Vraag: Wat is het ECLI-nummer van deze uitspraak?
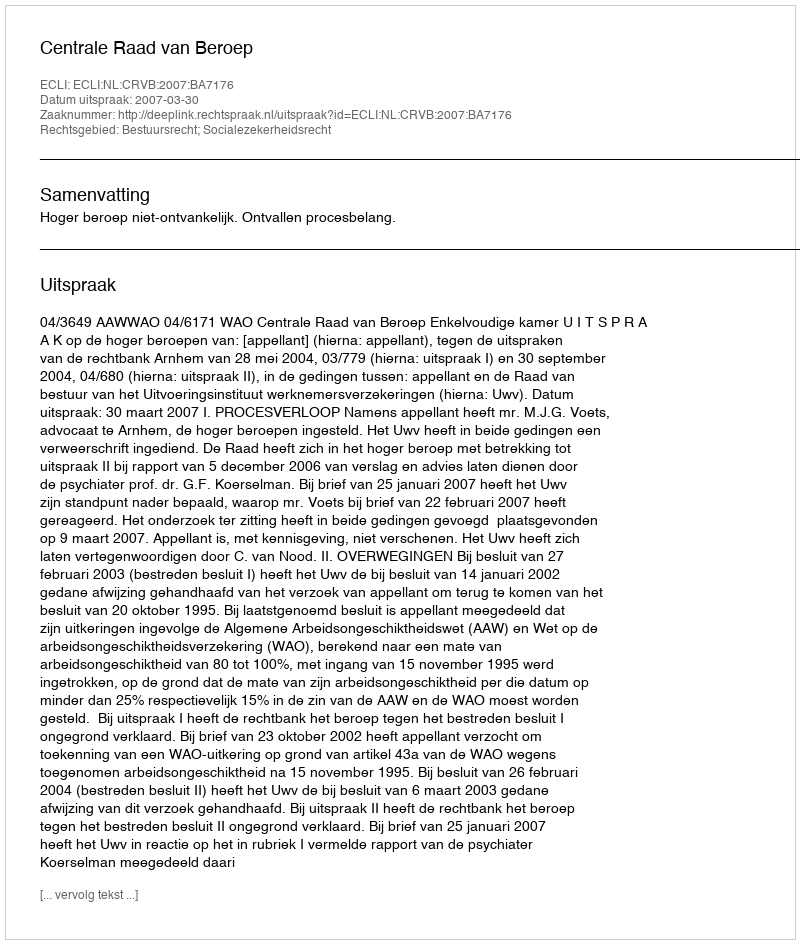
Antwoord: ECLI:NL:CRVB:2007:BA7176